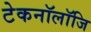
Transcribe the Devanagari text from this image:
टेकनॉलॉजि